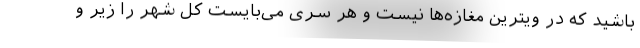
باشید که در ویترین مغازه‌ها نیست و هر سری می‌بایست کل شهر را زیر و